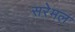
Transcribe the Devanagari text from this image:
सरेमल